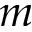
m